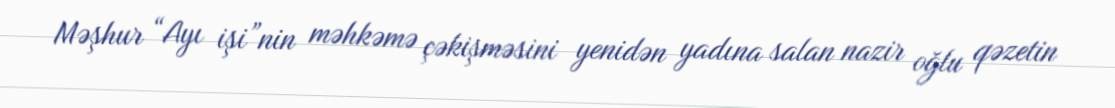
Məşhur “Ayı işi”nin məhkəmə çəkişməsini yenidən yadına salan nazir oğlu qəzetin